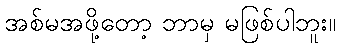
အစ်မအဖို့တော့ ဘာမှ မဖြစ်ပါဘူး။